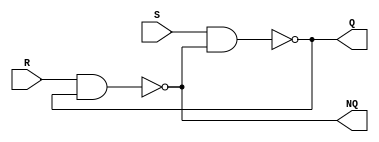
//SR Latch
module LAB05_SR_LATCH(S,R,Q,NQ);
 input S, R;
 output Q, NQ;
 

 //SR Latch 
 assign Q = ~(S&NQ);
 assign NQ = ~(R&Q);


endmodule